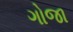
ગોજા